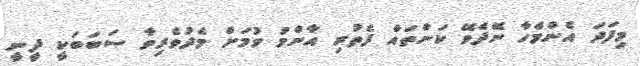
މިފަދަ އެންމެހާ ނޭދެވޭ ކަންތައް ފެތުރި އާންމު ވުމަށް މެދުވެރިވާ ސަބަބަކީ ދީނީ